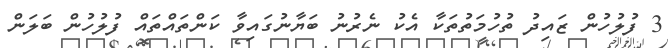
3 ފުލުހުން ޒައިދު ތުހުމަތުތަކާ އެކު ނެރުނު ބަޔާނުގައިވާ ކަންތައްތައް ފުލުހުން ބަލަން